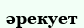
әрекует